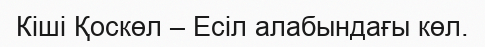
Кіші Қоскөл – Есіл алабындағы көл.